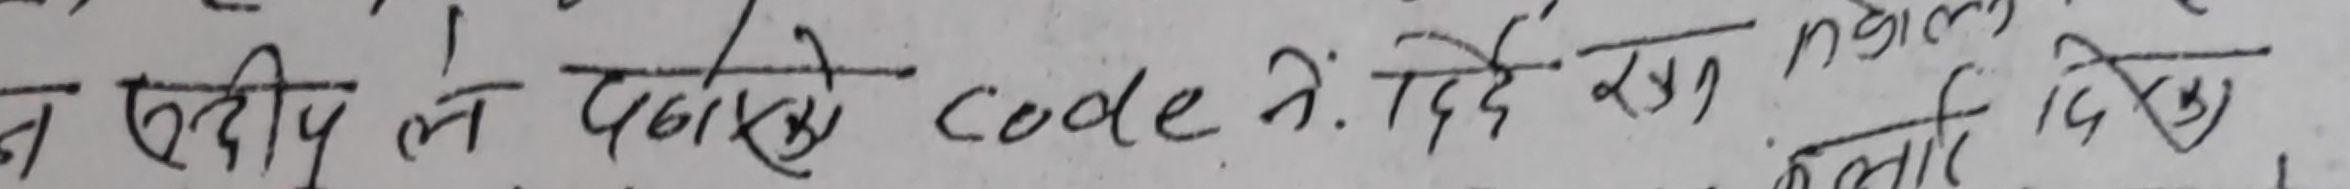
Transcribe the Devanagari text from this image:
वन  एदीपन ले पढाको Code  नं. दिदे रा
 कलाति दिदे खे